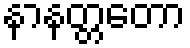
နာနတ္တတော